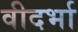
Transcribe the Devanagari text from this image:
वीदर्भा